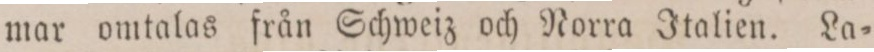
mar omtalas från Schweiz och Norra Italien. La=